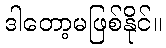
ဒါတော့မဖြစ်နိုင်။